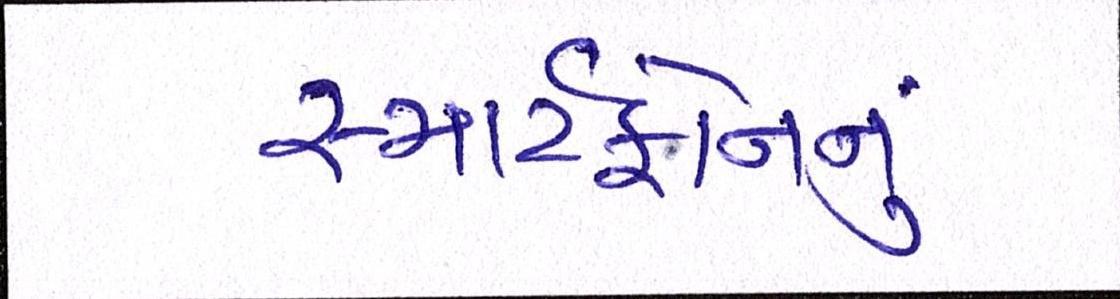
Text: સ્માર્ટફોનનું